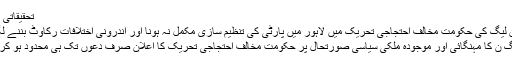
تحقیقاتی رپورٹ
ن لیگ کی حکومت مخالف احتجاجی تحریک میں لاہور میں پارٹی کی تنظیم سازی مکمل نہ ہونا اور اندرونی اختلافات رکاوٹ بننے لگے ہیں
مسلم لیگ ن کا مہنگائی اور موجودہ ملکی سیاسی صورتحال پر حکومت مخالف احتجاجی تحریک کا اعلان صرف دعوں تک ہی محدود ہو کر رہ گیا۔